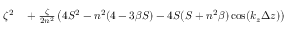
\begin{array} { r l } { \zeta ^ { 2 } } & { { } + \frac { \zeta } { 2 n ^ { 2 } } \left( 4 S ^ { 2 } - n ^ { 2 } ( 4 - 3 \beta S ) - 4 S ( S + n ^ { 2 } \beta ) \cos ( k _ { z } \Delta z ) \right) } \end{array}